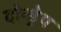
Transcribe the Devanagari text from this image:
दोन्ड्रेप